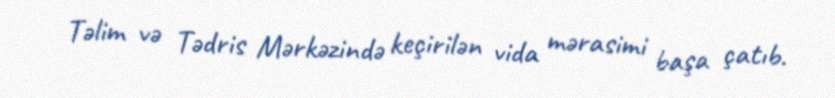
Təlim və Tədris Mərkəzində keçirilən vida mərasimi başa çatıb.